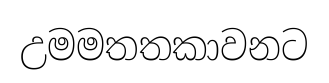
උමමතතකාවනට